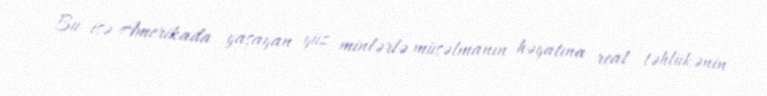
Bu isə Amerikada yaşayan yüz minlərlə müsəlmanın həyatına real təhlükənin